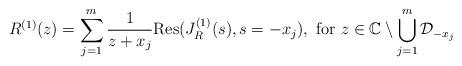
LaTeX: \begin{align*}R^{(1)}(z) = \sum_{j=1}^{m} \frac{1}{z+x_{j}}\mbox{Res}(J_{R}^{(1)}(s),s = -x_{j}), \mbox{ for } z \in \mathbb{C}\setminus \bigcup_{j=1}^{m}\mathcal{D}_{-x_{j}}\end{align*}